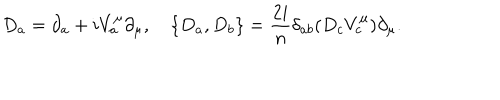
D _ { a } = \partial _ { a } + i V _ { a } ^ { \mu } \partial _ { \mu } , \quad \{ D _ { a } , D _ { b } \} = { \frac { 2 i } { n } } \delta _ { a b } ( D _ { c } V _ { c } ^ { \mu } ) \partial _ { \mu } .